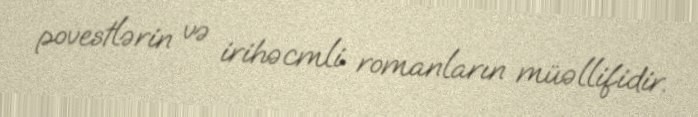
povestlərin və irihəcmli romanların müəllifidir.